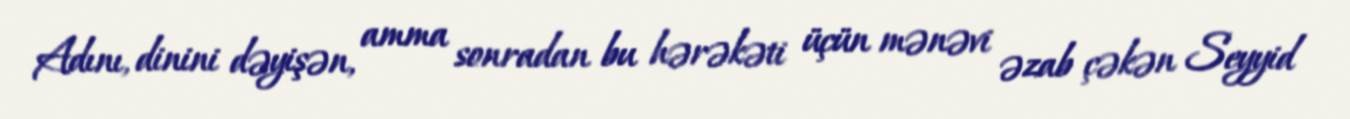
Adını, dinini dəyişən, amma sonradan bu hərəkəti üçün mənəvi əzab çəkən Seyyid